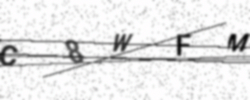
Text: C8WFM